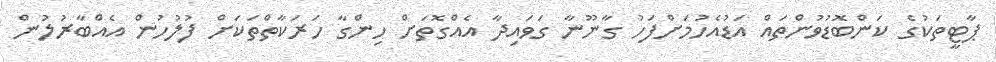
ޕާޓީތަކުގެ ކަންބޮޑުވުންތައް އަޑުއެހުމަށްފަހު ގާނޫނާ ގަވައިދާ އެއްގޮތަށް ހިންގާ ހަރަކާތްތަކަށް ފުލުހުން އެއްބާރުލުން